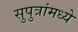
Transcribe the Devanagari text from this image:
सुपुत्रांमध्ये